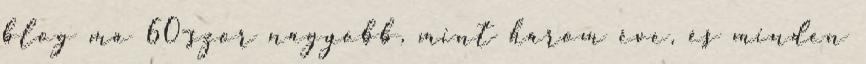
blog ma 60-szor nagyobb, mint három éve, és minden